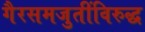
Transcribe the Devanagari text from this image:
गैरसमजुतींविरुद्ध